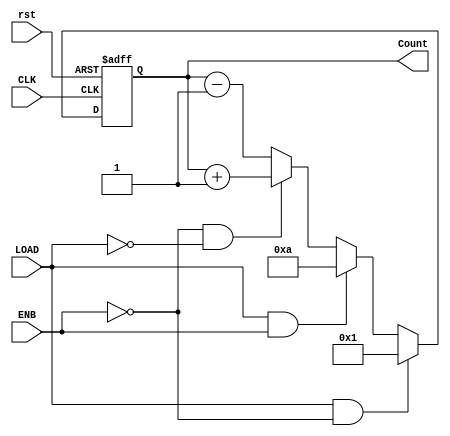
module Counter(CLK, rst, LOAD, ENB, Count);
	input wire CLK, rst, ENB, LOAD;
	output reg [3:0] Count;
	always @(negedge CLK or negedge rst)begin
		if(!rst) Count = 0;
		else if(LOAD == 1 && ENB == 0) Count = 1;
		else if(LOAD ==1 && ENB == 1) Count = 10;
		else if(ENB == 0 && LOAD == 0) Count = Count +1;
		else  Count = Count -1;
	end
endmodule